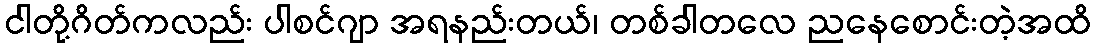
ငါတို့ဂိတ်ကလည်း ပါစင်ဂျာ အရနည်းတယ်၊ တစ်ခါတလေ ညနေစောင်းတဲ့အထိ